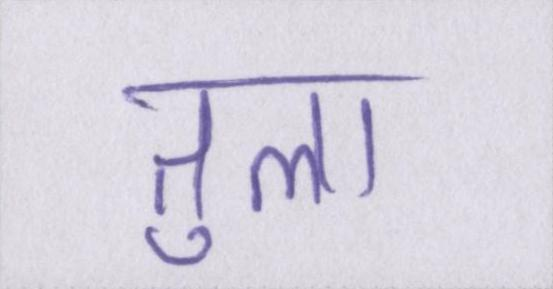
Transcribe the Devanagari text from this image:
तुला